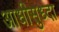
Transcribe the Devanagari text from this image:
आधीसुध्दा